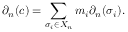
\partial _ { n } ( c ) = \sum _ { \sigma _ { i } \in X _ { n } } m _ { i } \partial _ { n } ( \sigma _ { i } ) .